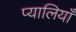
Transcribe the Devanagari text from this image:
प्यालियाँ